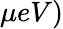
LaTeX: \mu eV)